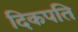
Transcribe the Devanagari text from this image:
दिकपति